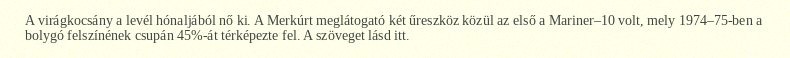
A virágkocsány a levél hónaljából nő ki. A Merkúrt meglátogató két űreszköz közül az első a Mariner–10 volt, mely 1974–75-ben a bolygó felszínének csupán 45%-át térképezte fel. A szöveget lásd itt.